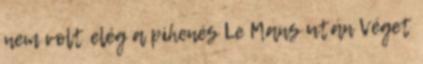
nem volt elég a pihenés Le Mans után Véget